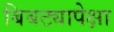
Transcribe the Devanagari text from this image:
बिबट्यापेक्षा